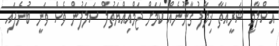
އިސްލާމީ ޝަރީއަތާ ޚިލާފު ގާނޫނެއް ކަމަށް ޖަމްއިއްޔަތުލް ސަލަފުން ވެސް ވަނީ ބުނެފައި